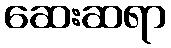
ဆေးဆရာ